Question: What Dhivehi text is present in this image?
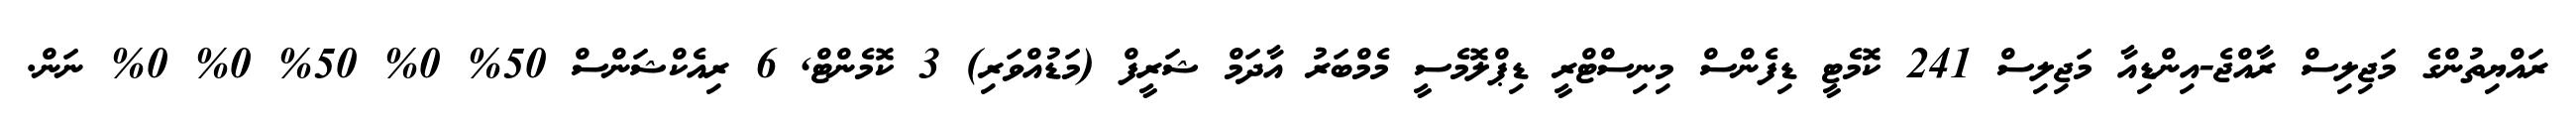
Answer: ރައްޔިތުންގެ މަޖިލިސް ރާއްޖެ-އިންޑިއާ މަޖިލިސް 241 ކޮމެޓީ ޑިފެންސް މިނިސްޓްރީ ޑިޕްލޮމެސީ މެމްބަރު އާދަމް ޝަރީފް (މަޑުއްވަރި) 3 ކޮމެންޓް, 6 ރިއެކްޝަންސް 50% 0% 50% 0% 0% ނަން.